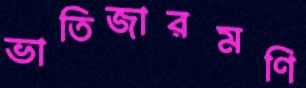
ভাতিজারমণি